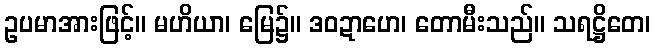
ဥပမာအားဖြင့်။ မဟိယာ၊ မြေ၌။ ဒဝဍာဟေ၊ တောမီးသည်။ သရဋ္ဌိတေ၊